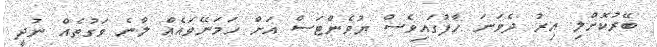
ބޭރުކޮށްލި އިރު ދެވަނަ ހާފުގައިވެސް ޔުވެންޓަސް އަށް ހަމަނޭވައެއް ލާނެ ވަގުތެއް ނުދީ